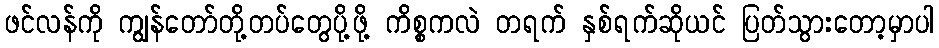
ဖင်လန်ကို ကျွန်တော်တို့တပ်တွေပို့ဖို့ ကိစ္စကလဲ တရက် နှစ်ရက်ဆိုယင် ပြတ်သွားတော့မှာပါ